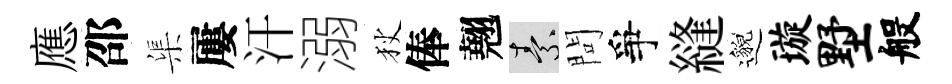
應邵渠屢汗溺狄俸翹素問爭縫邈璇墅般